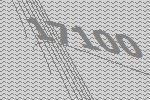
17100